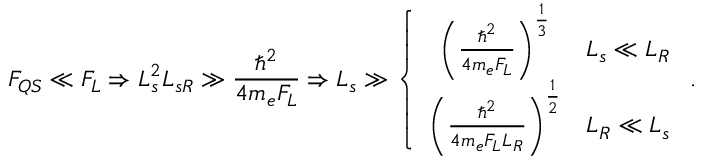
F _ { Q S } \ll F _ { L } \Rightarrow L _ { s } ^ { 2 } L _ { s R } \gg \frac { \hbar ^ { 2 } } { 4 m _ { e } F _ { L } } \Rightarrow L _ { s } \gg \left\{ \begin{array} { c c } { \left( \frac { \hbar ^ { 2 } } { 4 m _ { e } F _ { L } } \right) ^ { \frac { 1 } { 3 } } } & { L _ { s } \ll L _ { R } } \\ { \left( \frac { \hbar ^ { 2 } } { 4 m _ { e } F _ { L } L _ { R } } \right) ^ { \frac { 1 } { 2 } } } & { L _ { R } \ll L _ { s } } \end{array} \right. .